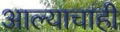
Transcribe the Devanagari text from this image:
आल्याचाही